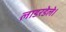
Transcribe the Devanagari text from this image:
लाडरडेले।